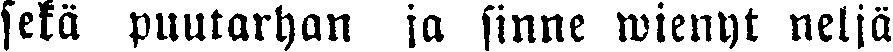
sekä puutarhan ja sinne wienyt neljä